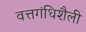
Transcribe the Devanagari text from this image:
वत्तगंधिशैली